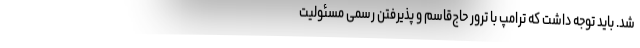
شد. باید توجه داشت که ترامپ با ترور حاج‌قاسم و پذیرفتن رسمی مسئولیت